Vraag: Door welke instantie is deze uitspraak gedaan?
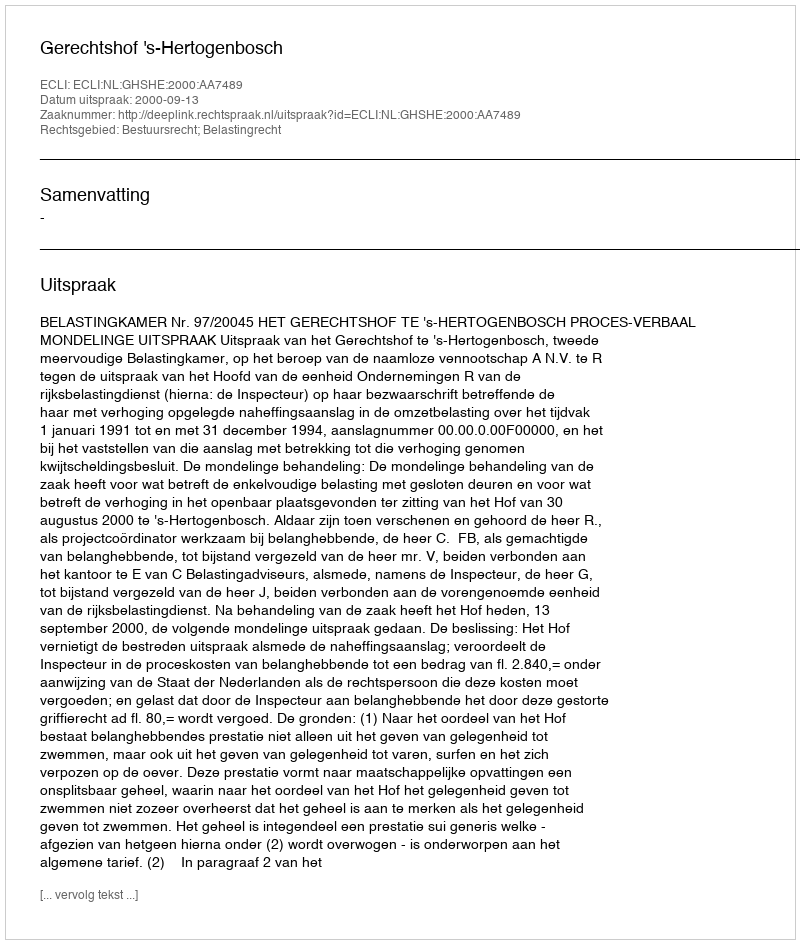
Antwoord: Gerechtshof 's-Hertogenbosch